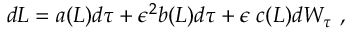
\begin{array} { r } { d L = a ( L ) d \tau + \epsilon ^ { 2 } b ( L ) d \tau + \epsilon \; c ( L ) d W _ { \tau } \ , } \end{array}